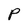
Character: P